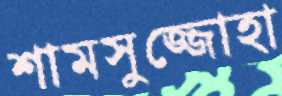
শামসুজ্জোহা